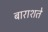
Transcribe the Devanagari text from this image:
बाराशते